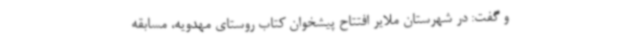
و گفت: در شهرستان ملایر افتتاح پیشخوان کتاب روستای مهدویه، مسابقه